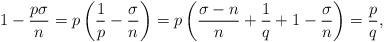
LaTeX: \begin{align*} 1-\frac{p\sigma}{n}=p\left(\frac{1}{p}-\frac{\sigma}{n}\right)=p\left(\frac{\sigma-n}{n}+\frac{1}{q}+1-\frac{\sigma}{n}\right)=\frac{p}{q},\end{align*}